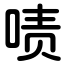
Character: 啧